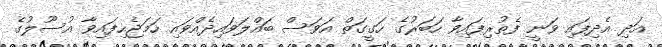
އަދި އެދިފައި ވަނީ ފެތުރިފައިވާ ހަބަރުގެ ހަގީގަތް އަވަސް ބައްލަވައިދެއްވައި ހަމަޖެހިފައިވާ އުސޫލުގެ